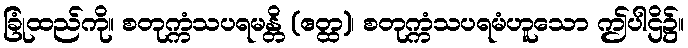
ခြုံထည်ကို။ စတုက္ကံသပရမန္တိ (ဧတ္ထ)၊ စတုက္ကံသပရမံဟူသော ဤပါဌိ၌။